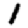
Digit: 1